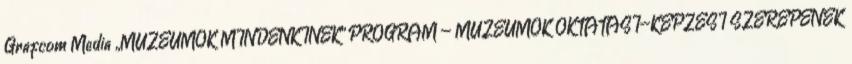
Grafcom Media „MÚZEUMOK MINDENKINEK” PROGRAM – MÚZEUMOK OKTATÁSI–KÉPZÉSI SZEREPÉNEK